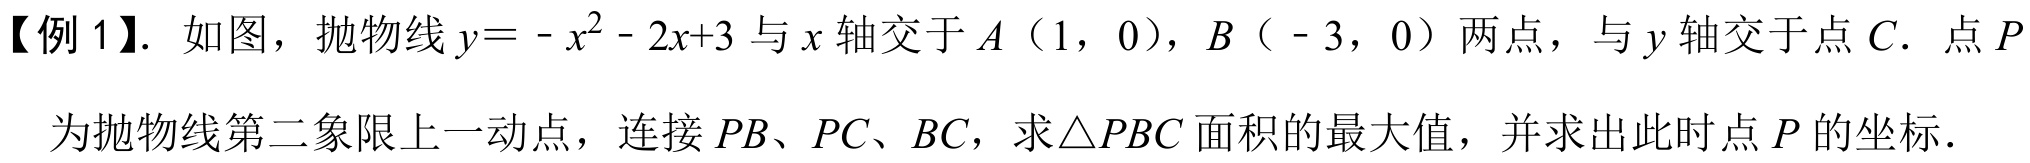
【例 1】. 如图，抛物线\(y = -x^{2}-2x + 3\)与\(x\)轴交于\(A\)（\(1\)，\(0\)），\(B\)（\(-3\)，\(0\)）两点，与\(y\)轴交于点\(C\). 点\(P\)为抛物线第二象限上一动点，连接\(PB\)、\(PC\)、\(BC\)，求\(\triangle PBC\)面积的最大值，并求出此时点\(P\)的坐标.